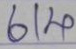
614